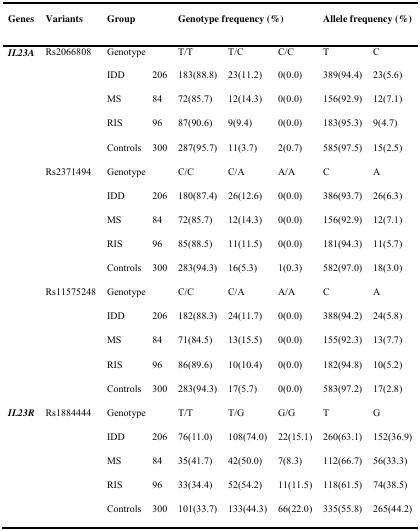
<table><thead><tr><td><b>Genes</b></td><td><b>Variants</b></td><td colspan="2"><b>Group</b></td><td colspan="3"><b>Genotype frequency (%)</b></td><td colspan="2"><b>Allele frequency (%)</b></td></tr></thead><tbody><tr><td><b><i>IL23A</i></b></td><td>Rs2066808</td><td colspan="2">Genotype</td><td>T/T</td><td>T/C</td><td>C/C</td><td>T</td><td>C</td></tr><tr><td></td><td></td><td>IDD</td><td>206</td><td>183(88.8)</td><td>23(11.2)</td><td>0(0.0)</td><td>389(94.4)</td><td>23(5.6)</td></tr><tr><td></td><td></td><td>MS</td><td>84</td><td>72(85.7)</td><td>12(14.3)</td><td>0(0.0)</td><td>156(92.9)</td><td>12(7.1)</td></tr><tr><td></td><td></td><td>RIS</td><td>96</td><td>87(90.6)</td><td>9(9.4)</td><td>0(0.0)</td><td>183(95.3)</td><td>9(4.7)</td></tr><tr><td></td><td></td><td>Controls</td><td>300</td><td>287(95.7)</td><td>11(3.7)</td><td>2(0.7)</td><td>585(97.5)</td><td>15(2.5)</td></tr><tr><td></td><td>Rs2371494</td><td colspan="2">Genotype</td><td>C/C</td><td>C/A</td><td>A/A</td><td>C</td><td>A</td></tr><tr><td></td><td></td><td>IDD</td><td>206</td><td>180(87.4)</td><td>26(12.6)</td><td>0(0.0)</td><td>386(93.7)</td><td>26(6.3)</td></tr><tr><td></td><td></td><td>MS</td><td>84</td><td>72(85.7)</td><td>12(14.3)</td><td>0(0.0)</td><td>156(92.9)</td><td>12(7.1)</td></tr><tr><td></td><td></td><td>RIS</td><td>96</td><td>85(88.5)</td><td>11(11.5)</td><td>0(0.0)</td><td>181(94.3)</td><td>11(5.7)</td></tr><tr><td></td><td></td><td>Controls</td><td>300</td><td>283(94.3)</td><td>16(5.3)</td><td>1(0.3)</td><td>582(97.0)</td><td>18(3.0)</td></tr><tr><td></td><td>Rs11575248</td><td colspan="2">Genotype</td><td>C/C</td><td>C/A</td><td>A/A</td><td>C</td><td>A</td></tr><tr><td></td><td></td><td>IDD</td><td>206</td><td>182(88.3)</td><td>24(11.7)</td><td>0(0.0)</td><td>388(94.2)</td><td>24(5.8)</td></tr><tr><td></td><td></td><td>MS</td><td>84</td><td>71(84.5)</td><td>13(15.5)</td><td>0(0.0)</td><td>155(92.3)</td><td>13(7.7)</td></tr><tr><td></td><td></td><td>RIS</td><td>96</td><td>86(89.6)</td><td>10(10.4)</td><td>0(0.0)</td><td>182(94.8)</td><td>10(5.2)</td></tr><tr><td></td><td></td><td>Controls</td><td>300</td><td>283(94.3)</td><td>17(5.7)</td><td>0(0.0)</td><td>583(97.2)</td><td>17(2.8)</td></tr><tr><td><b><i>IL23R</i></b></td><td>Rs1884444</td><td colspan="2">Genotype</td><td>T/T</td><td>T/G</td><td>G/G</td><td>T</td><td>G</td></tr><tr><td></td><td></td><td>IDD</td><td>206</td><td>76(11.0)</td><td>108(74.0)</td><td>22(15.1)</td><td>260(63.1)</td><td>152(36.9)</td></tr><tr><td></td><td></td><td>MS</td><td>84</td><td>35(41.7)</td><td>42(50.0)</td><td>7(8.3)</td><td>112(66.7)</td><td>56(33.3)</td></tr><tr><td></td><td></td><td>RIS</td><td>96</td><td>33(34.4)</td><td>52(54.2)</td><td>11(11.5)</td><td>118(61.5)</td><td>74(38.5)</td></tr><tr><td></td><td></td><td>Controls</td><td>300</td><td>101(33.7)</td><td>133(44.3)</td><td>66(22.0)</td><td>335(55.8)</td><td>265(44.2)</td></tr></tbody></table>